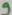
Text: 9